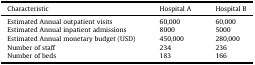
<table><thead><tr><td><b>Characteristic</b></td><td><b>Hospital A</b></td><td><b>Hospital B</b></td></tr></thead><tbody><tr><td>Estimated Annual outpatient visits</td><td>60,000</td><td>60,000</td></tr><tr><td>Estimated Annual inpatient admissions</td><td>8000</td><td>5000</td></tr><tr><td>Estimated Annual monetary budget (USD)</td><td>450,000</td><td>280,000</td></tr><tr><td>Number of staff</td><td>234</td><td>236</td></tr><tr><td>Number of beds</td><td>183</td><td>166</td></tr></tbody></table>